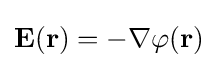
\mathbf {E(r)} =-\nabla \varphi \mathbf {(r)}